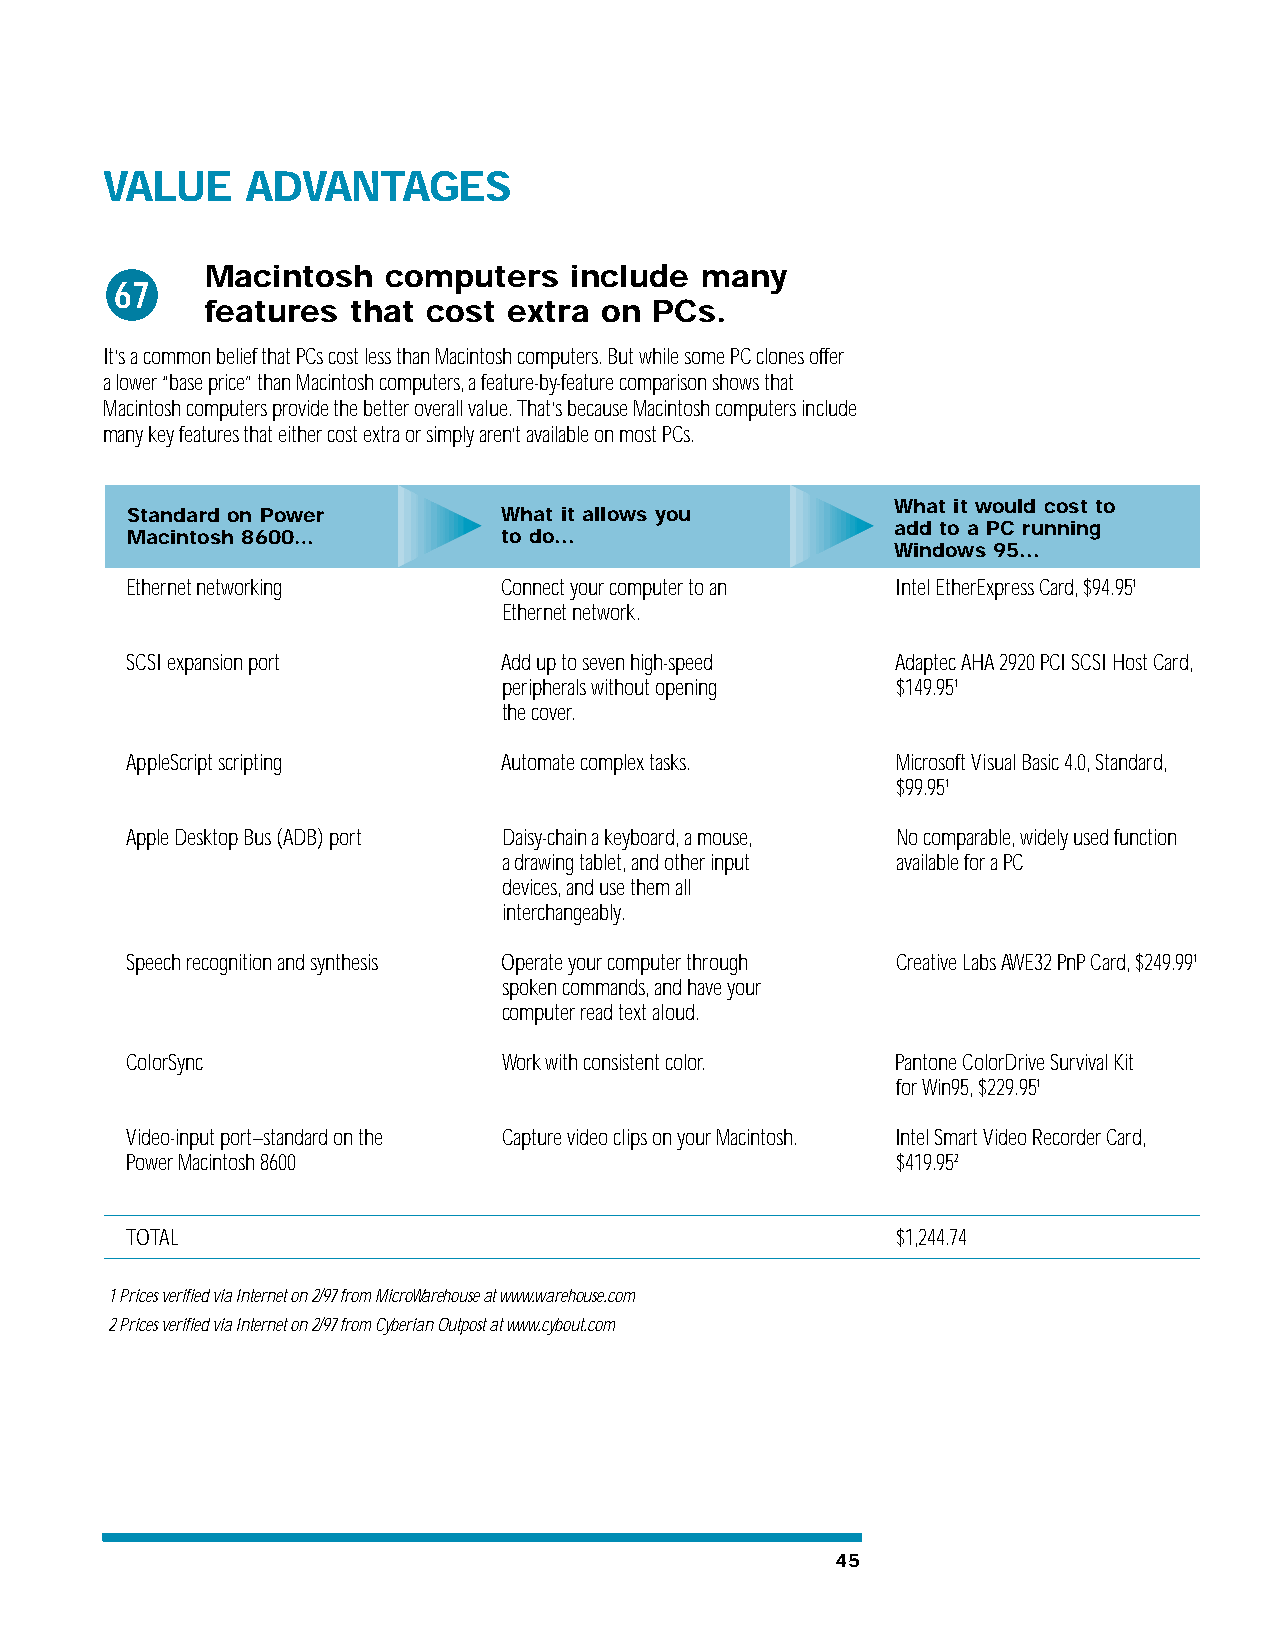
VALUE    ADVANTAGES
 Macintosh   computers   include many
 67
 features  that cost  extra on PCs.
 It’s a common belief that PCs cost less than Macintosh computers. But while some PC clones offer
 a lower “base price” than Macintosh computers, a feature-by-feature comparison shows that
 Macintosh computers provide the better overall value. That’s because Macintosh computers include
 many key features that either cost extra or simply aren’t available on most PCs.
 What it would cost to
 Standard on Power        What it allows you
 add to a PC running
 Macintosh 8600…          to do...
 Windows 95...
 Ethernet networking      Connect your computer to an Intel EtherExpress Card, $94.951
 Ethernet network.
 SCSI expansion port      Add up to seven high-speed Adaptec AHA 2920 PCI SCSI Host Card,
 peripherals without opening $149.951
 the cover.
 AppleScript scripting    Automate complex tasks.   Microsoft Visual Basic 4.0, Standard,
 $99.951
 Apple Desktop Bus (ADB) port Daisy-chain a keyboard, a mouse, No comparable, widely used function
 a drawing tablet, and other input available for a PC
 devices, and use them all
 interchangeably.
 Speech recognition and synthesis Operate your computer through Creative Labs AWE32 PnP Card, $249.991
 spoken commands, and have your
 computer read text aloud.
 ColorSync                Work with consistent color. Pantone ColorDrive Survival Kit
 for Win95, $229.951
 Video-input port–standard on the Capture video clips on your Macintosh. Intel Smart Video Recorder Card,
 Power Macintosh 8600                               $419.952
 TOTAL                                              $1,244.74
 1 Prices verified via Internet on 2/97 from MicroWarehouse at www.warehouse.com
 2 Prices verified via Internet on 2/97 from Cyberian Outpost at www.cybout.com
 45